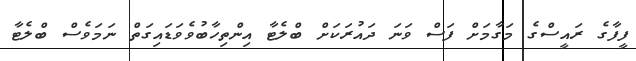
ފީފާގެ ރައީސްގެ މަގާމަށް ފަސް ވަނަ ދައުރަކަށް ބްލެޓާ އިންތިހާބުވެވަޑައިގަތް ނަމަވެސް ބްލެޓާ